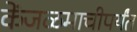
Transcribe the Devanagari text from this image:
केंजळमाचीपर्यंत